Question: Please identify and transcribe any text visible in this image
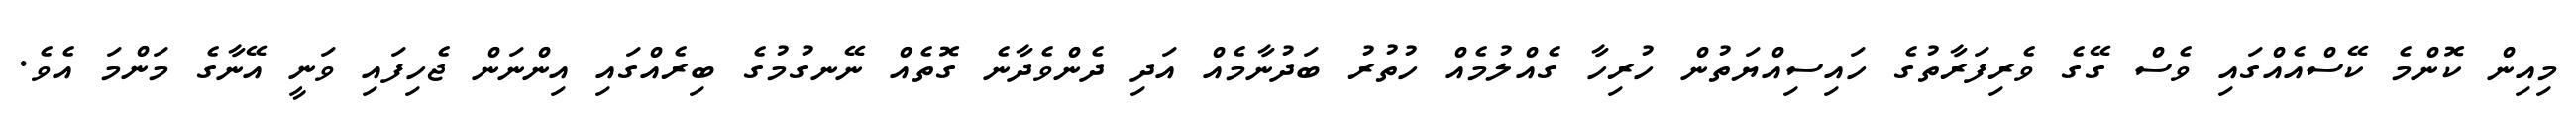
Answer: މިއިން ކޮންމެ ކޭސްއެއްގައި ވެސް ގޭގެ ވެރިފަރާތުގެ ހައިސިއްޔަތުން ހުރިހާ ގެއްލުމެއް ހުތުރު ބަދުނާމެއް އަދި ދެންވެދާނެ ގޮތެއް ނޭނގުމުގެ ބިރެއްގައި އިންނަން ޖެހިފައި ވަނީ އޭނާގެ މަންމަ އެވެ.